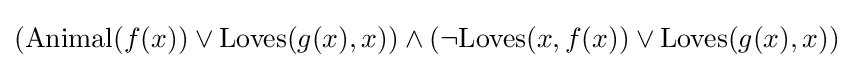
(\mathrm {Animal} (f(x))\lor \mathrm {Loves} (g(x),x))\land (\lnot \mathrm {Loves} (x,f(x))\lor \mathrm {Loves} (g(x),x))